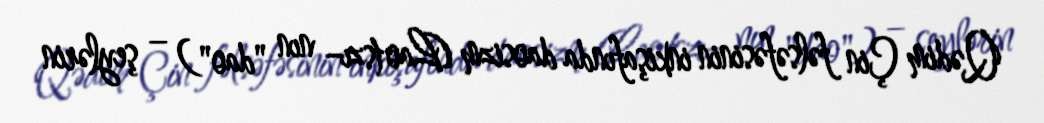
Qədim Çin fəlsəfəsinin inkişafında daosizm (Lao tszı– nın "dao") – şeylərin